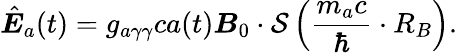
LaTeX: \hat{\boldsymbol E}_{a}(t)=g_{a\gamma\gamma}ca(t){\boldsymbol B}_{0}\cdot\mathcal S\left(\frac{m_{a}c}{\hbar}\cdot R_{B}\right).